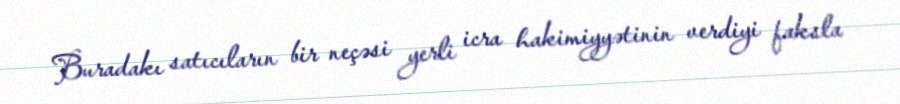
Buradakı satıcıların bir neçəsi yerli icra hakimiyyətinin verdiyi faksla